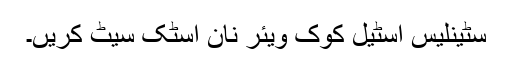
سٹینلیس اسٹیل کوک ویئر نان اسٹک سیٹ کریں۔